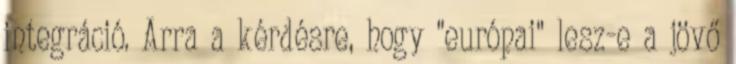
integráció. Arra a kérdésre, hogy "európai" lesz-e a jövő